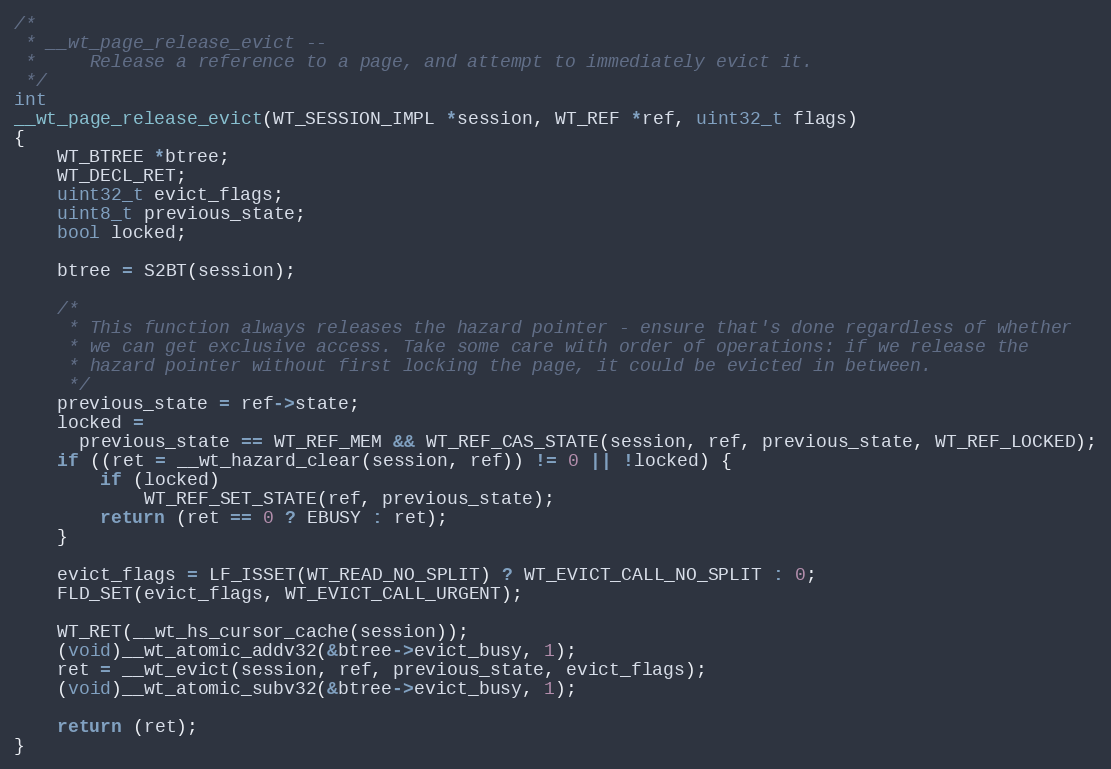
Language: C
/*
 * __wt_page_release_evict --
 *     Release a reference to a page, and attempt to immediately evict it.
 */
int
__wt_page_release_evict(WT_SESSION_IMPL *session, WT_REF *ref, uint32_t flags)
{
    WT_BTREE *btree;
    WT_DECL_RET;
    uint32_t evict_flags;
    uint8_t previous_state;
    bool locked;

    btree = S2BT(session);

    /*
     * This function always releases the hazard pointer - ensure that's done regardless of whether
     * we can get exclusive access. Take some care with order of operations: if we release the
     * hazard pointer without first locking the page, it could be evicted in between.
     */
    previous_state = ref->state;
    locked =
      previous_state == WT_REF_MEM && WT_REF_CAS_STATE(session, ref, previous_state, WT_REF_LOCKED);
    if ((ret = __wt_hazard_clear(session, ref)) != 0 || !locked) {
        if (locked)
            WT_REF_SET_STATE(ref, previous_state);
        return (ret == 0 ? EBUSY : ret);
    }

    evict_flags = LF_ISSET(WT_READ_NO_SPLIT) ? WT_EVICT_CALL_NO_SPLIT : 0;
    FLD_SET(evict_flags, WT_EVICT_CALL_URGENT);

    WT_RET(__wt_hs_cursor_cache(session));
    (void)__wt_atomic_addv32(&btree->evict_busy, 1);
    ret = __wt_evict(session, ref, previous_state, evict_flags);
    (void)__wt_atomic_subv32(&btree->evict_busy, 1);

    return (ret);
}